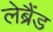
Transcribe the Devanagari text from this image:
लेब्रैंड